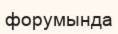
форумында